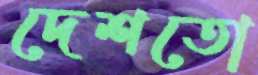
দেশতো